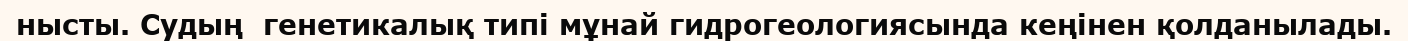
нысты. Судың  генетикалық типі мұнай гидрогеологиясында кеңінен қолданылады.